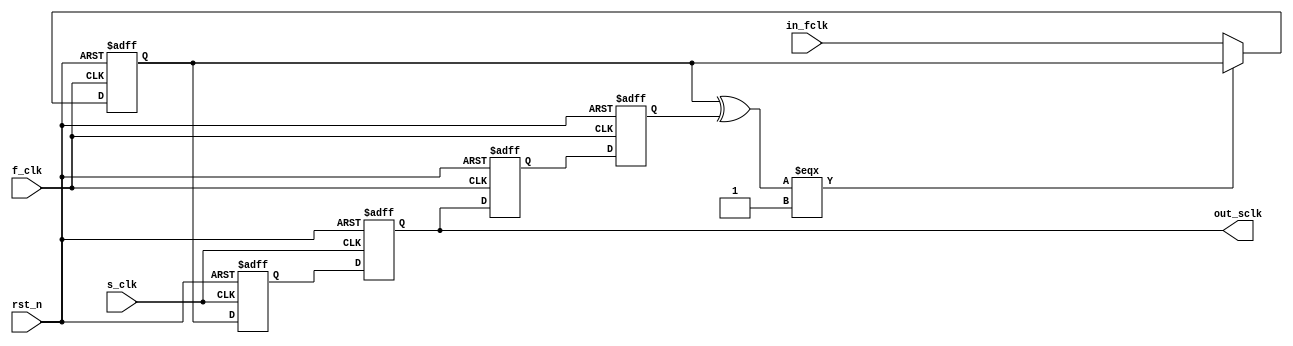
// =============================================================================
//                           COPYRIGHT NOTICE
// Copyright 2000-2001 (c) Lattice Semiconductor Corporation
// ALL RIGHTS RESERVED
// This confidential and proprietary software may be used only as authorised by
// a licensing agreement from Lattice Semiconductor Corporation.
// The entire notice above must be reproduced on all authorized copies and
// copies may only be made to the extent permitted by a licensing agreement from
// Lattice Semiconductor Corporation.
//
// Lattice Semiconductor Corporation        TEL : 1-800-Lattice (USA and Canada)
// 5555 NE Moore Court                            408-826-6000 (other locations)
// Hillsboro, OR 97124                     web  : http://www.latticesemi.com/
// U.S.A                                   email: techsupport@latticesemi.com
// =============================================================================
//                         FILE DETAILS
// Project          : sonet framer
// Title            :
// Dependencies     : 
// Description      : Synchronizer :Transfers signal from faster clock
//                    domain to slower clock domain.
// =============================================================================
//                        REVISION HISTORY
// Version          : 1.0
// Author(s)        :  
// Mod. Date        : Dec 14, 2004
// Changes Made     : Initial Creation
// =============================================================================
`timescale 1 ns / 1 ps

module sync1s (
                f_clk ,
                s_clk ,
                rst_n ,
                in_fclk,
                out_sclk
               );


parameter WIDTH = 1 ;

input              f_clk ;       // Fast clock.
input              s_clk ;       // Slow clock.
input              rst_n ;       // reset signal.
input  [WIDTH-1:0] in_fclk ;     // Input pulse in fast clock domain.
output [WIDTH-1:0] out_sclk ;    // Output pulse in slow clock domain.

reg [WIDTH-1:0]   f_reg1 ;
reg [WIDTH-1:0]   f_reg2 ;
reg [WIDTH-1:0]   f_reg3 ;
reg [WIDTH-1:0]   s_reg1 ;
reg [WIDTH-1:0]   s_reg2 ;

wire [WIDTH-1:0]  hold_fb ;
wire [WIDTH-1:0]  out_sclk ;

integer i ;

// register fast clock signal edge and hold it untill
// it is transfered into slower clock domain.
always @(posedge f_clk or negedge rst_n) begin
   if (!rst_n)
      f_reg1 <= {WIDTH{1'b0}};
   else
      for (i = 0; i <= WIDTH-1; i = i+1) begin
         f_reg1[i] <= (hold_fb[i]=== 1'b1) ? f_reg1[i] : in_fclk[i];
      end
end

// first register in slower clock domain, this can be 
// a metastable flop.
always @(posedge s_clk or negedge rst_n) begin
   if (!rst_n)
      s_reg1 <= {WIDTH{1'b0}};
   else
      s_reg1 <= f_reg1;
end

// Cleaner registering in slower clock domain.
always @(posedge s_clk or negedge rst_n) begin
   if (!rst_n)
      s_reg2 <= {WIDTH{1'b0}};
   else
      s_reg2 <= s_reg1;
end

// Output signal.
assign out_sclk  = s_reg2 ;

// Register clean output in slower clock domain into
// fast clock domains, this can be metastable flop.
always @(posedge f_clk or negedge rst_n) begin
   if (!rst_n)
      f_reg2 <= {WIDTH{1'b0}};
   else
      f_reg2 <= s_reg2;
end

// Cleaner registering in faster clock domain.
always @(posedge f_clk or negedge rst_n) begin
   if (!rst_n)
      f_reg3 <= {WIDTH{1'b0}};
   else
      f_reg3 <= f_reg2;
end

// generate feed back hold signal for holding
// input signal in fast clock domain, until it reaches
// slower clock domain.
assign hold_fb  = f_reg1 ^ f_reg3;

endmodule